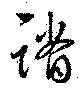
蹐